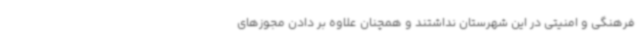
فرهنگی و امنیتی در این شهرستان نداشتند و همچنان علاوه بر دادن مجوزهای